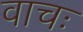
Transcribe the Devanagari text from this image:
वाचः